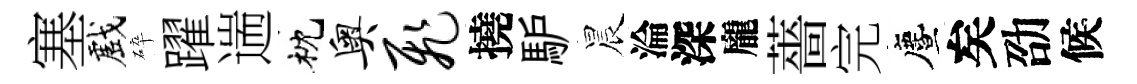
塞戲碎躍遄枕奥飞撓馿晨淪深龐薔完󵨌矣劭候